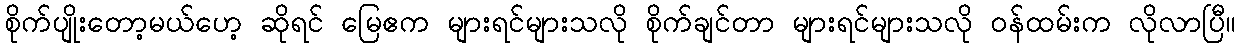
စိုက်ပျိုးတော့မယ်ဟေ့ ဆိုရင် မြေဧက များရင်များသလို စိုက်ချင်တာ များရင်များသလို ဝန်ထမ်းက လိုလာပြီ။